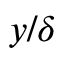
y / \delta